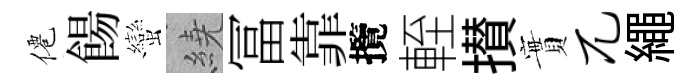
僊餳蠻繞冨靠攬輊攅實兀繩